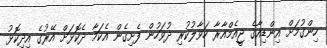
ހިންގުމަށް އިންޑިއާގެ ޖީއެމްއާރާ ހަވާލުކުރި ދުވަހުން ފެށިގެން އެކަމާ ދެކޮޅަށް އޭރުގެ އިދިކޮޅު